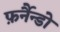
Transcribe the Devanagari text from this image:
फ़र्नैन्डो